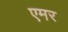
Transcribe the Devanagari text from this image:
एमर